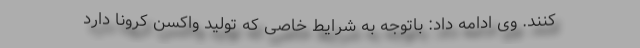
کنند. وی ادامه داد: باتوجه به شرایط خاصی که تولید واکسن کرونا دارد